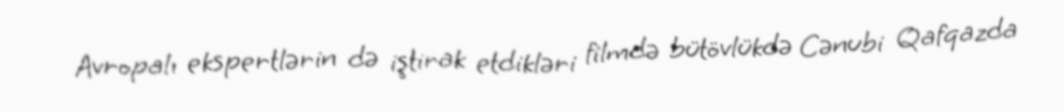
Avropalı ekspertlərin də iştirak etdikləri filmdə bütövlükdə Cənubi Qafqazda